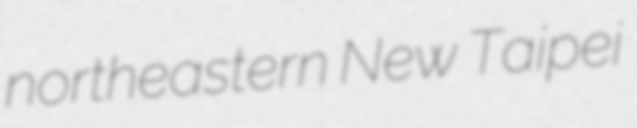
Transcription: northeastern New Taipei